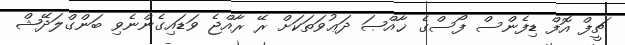
ޗީފް އޮފް ޑިފެންސް ފޯސްގެ ޚާއްޞަ ދަޢުވަތަކަށް ރޭ ރާއްޖެ ވަޑައިގެންނެވި ބަންގްލަދޭޝް